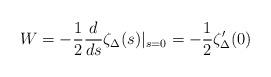
LaTeX: \begin{align*} W = - \frac{1}{2} \frac{d}{ds} \zeta_\Delta(s)|_{s= 0} = - \frac{1}{2} \zeta_\Delta'(0)\end{align*}